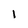
Character: 1